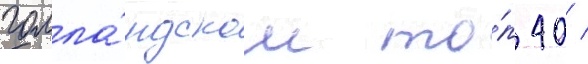
голла́ндском то́п 40 /